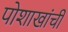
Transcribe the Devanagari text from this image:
पोशाखांची